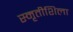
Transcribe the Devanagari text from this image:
स्मृतीशिला